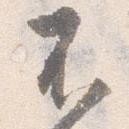
不